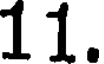
11.